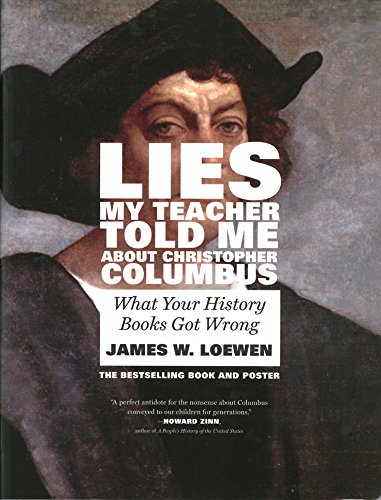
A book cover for Lies My Teacher Told Me About Christopher Columbus: What Your History Books Got Wrong; James W. Loewen; History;